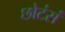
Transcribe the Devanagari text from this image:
छोटंसं